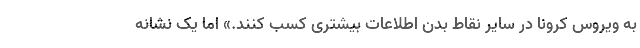
به ویروس کرونا در سایر نقاط بدن اطلاعات بیشتری کسب کنند.» اما یک نشانه